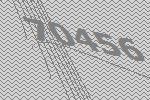
70456